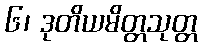
၆၊ ဒုတိယမိတ္တသုတ္တ